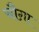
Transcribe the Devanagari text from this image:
चौग़ा